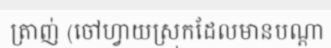
ត្រាញ់ (ចៅហ្វាយស្រុកដែលមានបណ្តា